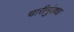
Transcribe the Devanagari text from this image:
चारीमुंड्या